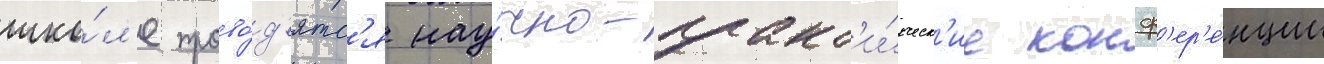
шко́л'е прово́д'ятс'я нау́чно-практ'и́ческ'ие конф'ер'е́нции